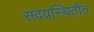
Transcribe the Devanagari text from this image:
सदयस्थितीत